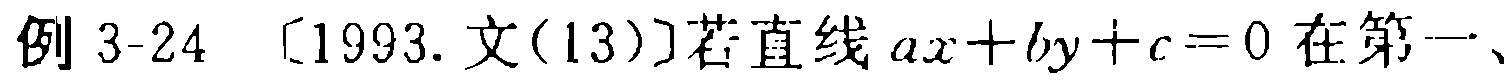
例 3-24 〔1993. 文(13)〕若直线 \(ax + by + c = 0\) 在第一、